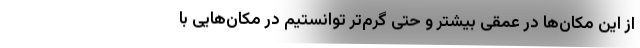
از این مکان‌ها در عمقی بیشتر و حتی گرم‌تر توانستیم در مکان‌هایی با